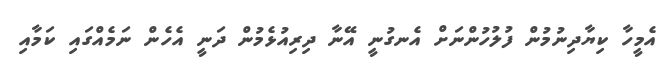
އެމީހާ ކިޔާދިނުމުން ފުލުހުންނަށް އެނގުނީ އޭނާ ދިރިއުޅެމުން ދަނީ އެހެން ނަމެއްގައި ކަމާއި